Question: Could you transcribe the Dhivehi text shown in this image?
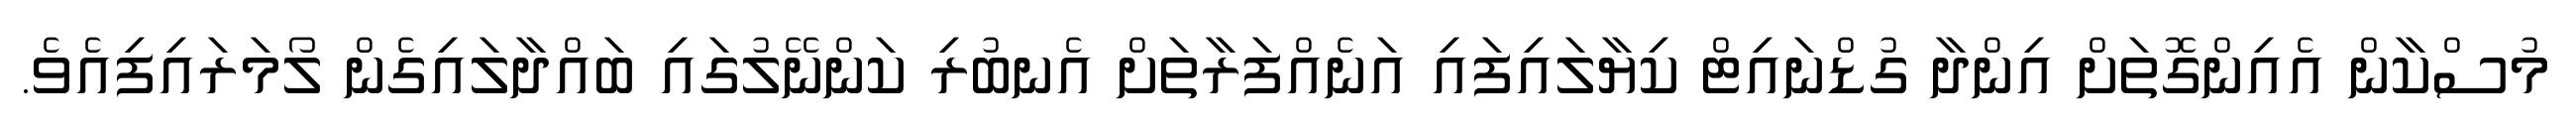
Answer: މުސްކާން އެއިންގޮތަށް އިންދާ ގުޑްނައިޓް ކިޔާލައިފައި އަނެއްފަރާތަށް އެނބުރި ކަންނޭލުގައި ބައްދާލައިގެން ލޯމަރައިފިއެވެ.